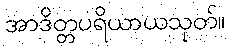
အာဒိတ္တပရိယာယသုတ်။